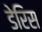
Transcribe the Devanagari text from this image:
डेरिस